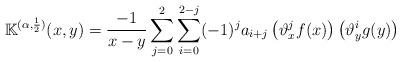
LaTeX: \begin{align*} \mathbb K^{(\alpha,\frac{1}{2})}(x,y) = \frac{-1}{x-y} \sum_{j=0}^2 \sum_{i=0}^{2-j} (-1)^j a_{i+j}\left( \vartheta_x^j f(x) \right)\left( \vartheta_y^i g(y) \right) \end{align*}